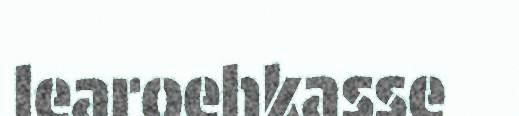
learoehkasse